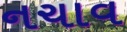
નચાવ